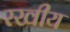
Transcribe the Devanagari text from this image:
रखीय